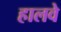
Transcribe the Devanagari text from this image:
हालवे